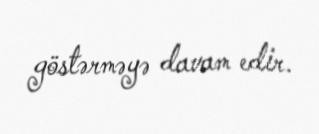
göstərməyə davam edir.